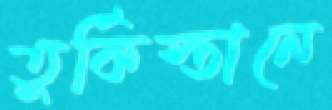
তুর্কিস্তানে